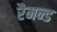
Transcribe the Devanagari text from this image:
रैमन्ड